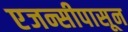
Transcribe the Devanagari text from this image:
एजन्सीपासून